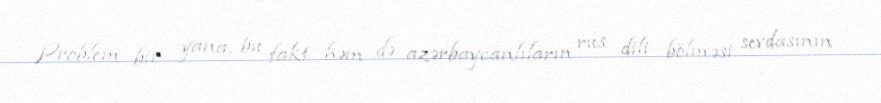
Problem bir yana, bu fakt həm də azərbaycanlıların rus dili bölməsi sevdasının